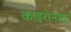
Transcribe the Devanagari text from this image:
काइरोनॉस